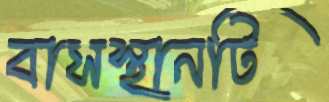
বাসস্থানটি